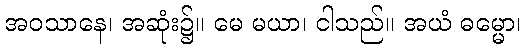
အဝသာနေ၊ အဆုံး၌။ မေ မယာ၊ ငါသည်။ အယံ ဓမ္မော၊